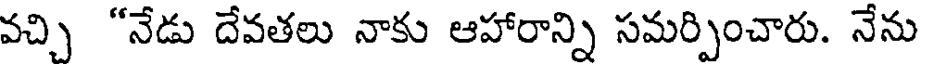
వచ్చి "నేడు దేవతలు నాకు ఆహారాన్ని సమర్పించారు. నేను